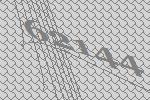
62144